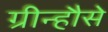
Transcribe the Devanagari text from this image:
ग्रीन्हौसे